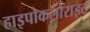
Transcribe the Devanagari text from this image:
हाइपोकलोराइट